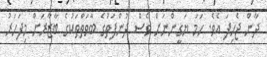
ދާން ޖެހިފަ އެވެ. ހަމަ ޔަގީންނަށް ވެސް ދުންފަތުގެ ބާވަތްތަކުގެ ބާޒާރަށް މިފަހަރު